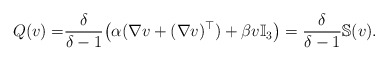
\begin{align*} Q(v)=&\frac{\delta}{\delta-1}\big(\alpha(\nabla v+(\nabla v)^\top)+\beta v \mathbb{I}_3\big)=\frac{\delta}{\delta-1}\mathbb{S}(v).\end{align*}